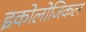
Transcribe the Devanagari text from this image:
इकोलोजिकल